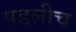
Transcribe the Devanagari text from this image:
पडलीच